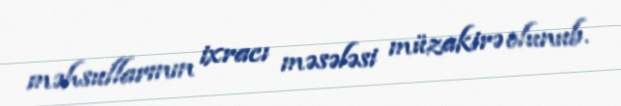
məhsullarının ixracı məsələsi müzakirə olunub.